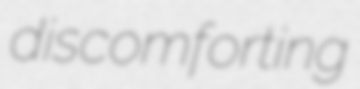
discomforting